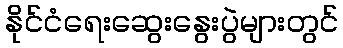
နိုင်ငံရေးဆွေးနွေးပွဲများတွင်